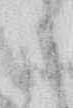
さ